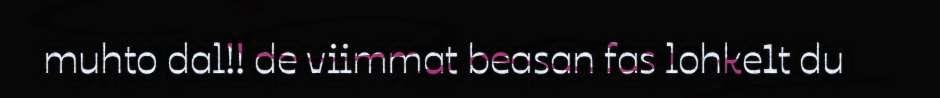
muhto dal!! de viimmat beasan fas lohke1t du